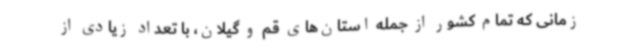
زمانی که تمام کشور از جمله استان‌های قم و گیلان، با تعداد زیادی از